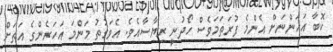
ކޮބާ އަހަންނަށް އެންމެ ފުރަތަމަވެސް ހޯދުނީ ރިޔާސާއެވެ. އެވަގުތު މަންމަ އަހަރެންގެ އަތަށް